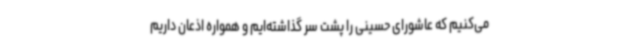
می‌کنیم که عاشورای حسینی را پشت سر گذاشته‌ایم و همواره اذعان داریم